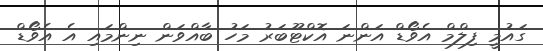
ގައުމީ ފިލްމް އެވޯޑް އަންނަ އޮކްޓޫބަރު މަހު ބާއްވަން ނިންމައި އެ އެވޯޑް